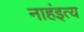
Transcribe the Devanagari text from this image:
नाहंइत्य